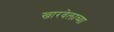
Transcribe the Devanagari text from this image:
खारवेलाच्या